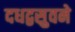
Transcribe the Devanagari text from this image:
दधद्वसुवने